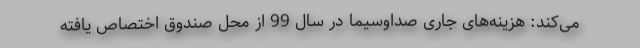
می‌كند: هزینه‌های جاری صدا‌و‌سیما در سال 99 از محل صندوق اختصاص یافته